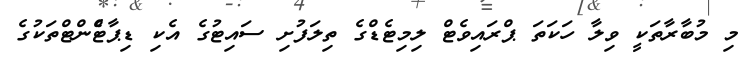
މި މުބާރާތަކީ ވިލާ ހަކަތަ ޕްރައިވެޓް ލިމިޓެޑްގެ ތިލަފުށި ސައިޓުގެ އެކި ޑިޕާޓްެންޓްތަކުގެ